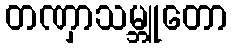
တဏှာသမ္ဘူတော